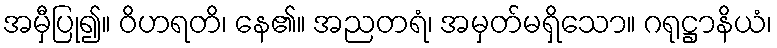
အမှီပြု၍။ ဝိဟရတိ၊ နေ၏။ အညတရံ၊ အမှတ်မရှိသော။ ဂရုဋ္ဌာနိယံ၊